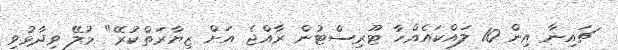
ޗައިނާ އިން 10 ލައްކައެއްހާ ޓޫރިސްޓުން ރާއްޖެ އަށް ޒިޔާރަތްކުރޭ" މުލޭ ވިދާޅުވި